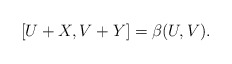
\begin{align*} [U + X, V + Y] = \beta(U,V).\end{align*}